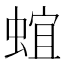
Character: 𰳈